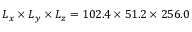
L _ { x } \times L _ { y } \times L _ { z } = 1 0 2 . 4 \times 5 1 . 2 \times 2 5 6 . 0